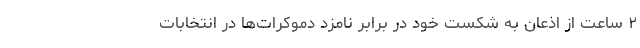
۲ ساعت از اذعان به شکست خود در برابر نامزد دموکرات‌ها در انتخابات